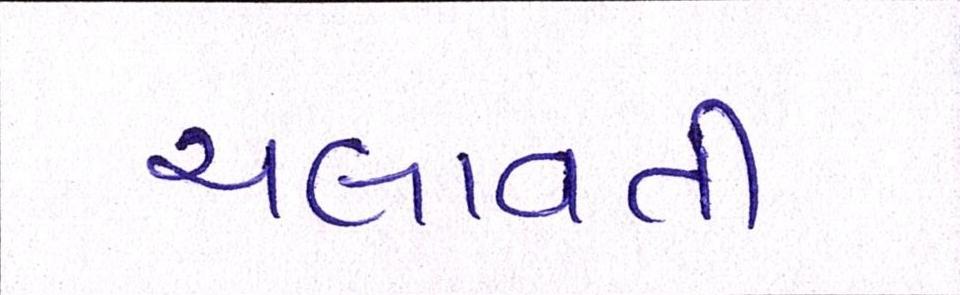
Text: ચલાવતી